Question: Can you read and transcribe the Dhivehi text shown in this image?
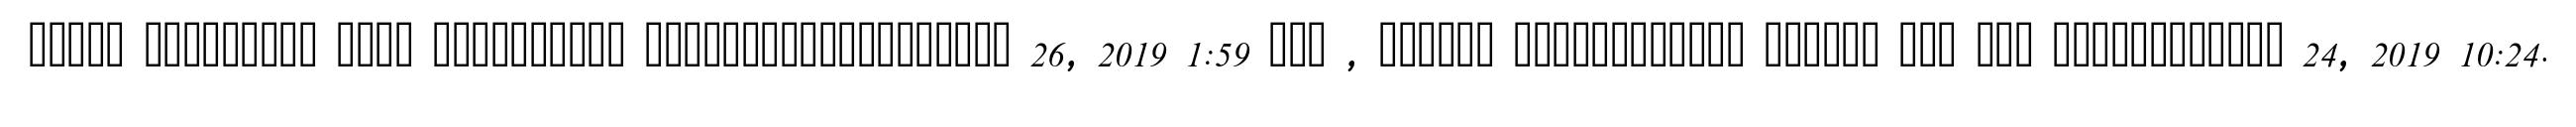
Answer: ????? ????????? ???? ?????????? ??????????????????? 26, 2019 1:59 ??? , ?????? ???????????? ?????? ??? ??? ???????????? 24, 2019 10:24.